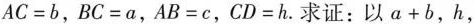
$$AC=b$$，$$BC=a$$，$$AB=c$$，$$CD=h$$.求证：以$$a+b$$，h，